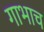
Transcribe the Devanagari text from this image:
गाभाच